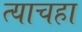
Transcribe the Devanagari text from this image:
त्याचहा